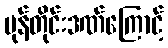
မုန်တိုင်းဒဏ်ကြောင့်